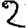
Digit: 2